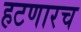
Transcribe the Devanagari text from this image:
हटणारच